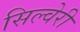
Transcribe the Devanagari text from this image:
सिल्वेरी